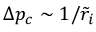
\Delta p _ { c } \sim 1 / \tilde { r } _ { i }